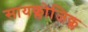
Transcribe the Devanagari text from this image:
सायक्लोजिक्ल